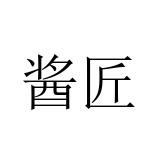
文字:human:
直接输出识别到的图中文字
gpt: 酱匠